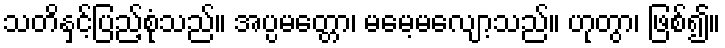
သတိနှင့်ပြည့်စုံသည်။ အပ္ပမတ္တော၊ မမေ့မလျော့သည်။ ဟုတွာ၊ ဖြစ်၍။